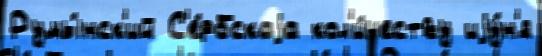
Румы́нск'ий С'е́рбскаjа кол'и́честву иjу́н'я